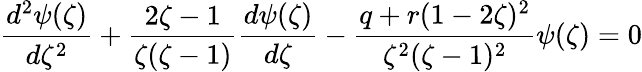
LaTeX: \frac{d^{2}\psi(\zeta)}{d\zeta^{2}}+\frac{2\zeta-1}{\zeta(\zeta-1)}\frac{d\psi(\zeta)}{d\zeta}-\frac{q+r(1-2\zeta)^{2}}{\zeta^{2}(\zeta-1)^{2}}\psi(\zeta)=0